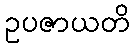
ဥပဇာယတိ